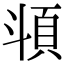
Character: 𩑯